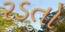
રડતો